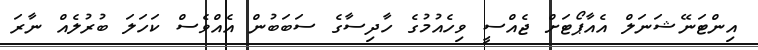
އިންޓަނޭޝަނަލް އެއާޕޯޓަށް ޖެއްސީ ވިހެއުމުގެ ހާދިސާގެ ސަބަބުން އެއްވެސް ކަހަލަ ބުރުލެއް ނާރަ